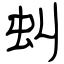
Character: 虯